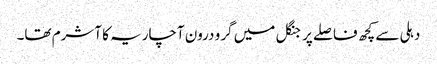
دہلی سے کچھ فاصلے پر جنگل میں گرو درون آچاریہ کا آشرم تھا۔